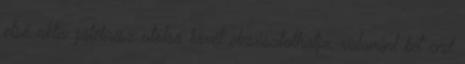
első aktív játékrész utolsó kövét elcsúsztathatja, valamint két end